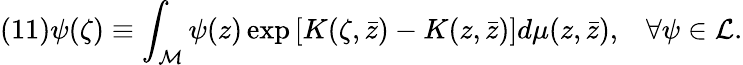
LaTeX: (11)\psi(\zeta)\equiv\int_{\cal M}\psi(z)\exp\left[K(\zeta,\bar{z})-K(z,\bar{z})\right]d\mu(z,\bar{z}),\; \; \; \forall\psi\in{\cal L}.